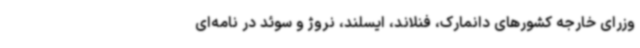
وزرای خارجه کشورهای دانمارک، فنلاند، ایسلند، نروژ و سوئد در نامه‌ای